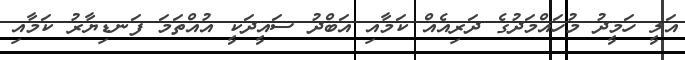
އަލީ ހަމީދު މުހައްމަދުގެ ދަރިއެއް ކަމާއި އަބްދު ސައީދަކީ އުއްތަމަ ފަނޑިޔާރު ކަމާއި